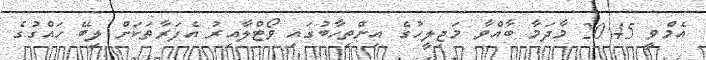
އެމްވީ 20:45 މާދަމާ ބާއްވާ މަޖިލީހުގެ އިންތިހާބުގައި ވޯޓްލާއިރު އެފަރާތަކަށް ލިބޭ ހައްގުގެ